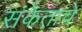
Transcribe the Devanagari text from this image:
संकेताचे